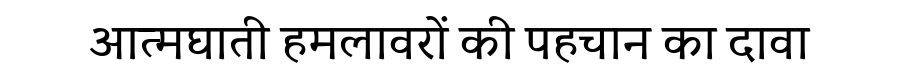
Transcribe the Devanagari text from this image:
आत्मघाती हमलावरों की पहचान का दावा